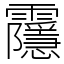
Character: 䨸